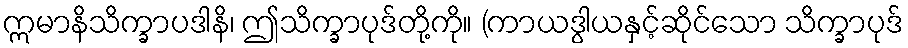
ဣမာနိသိက္ခာပဒါနိ၊ ဤသိက္ခာပုဒ်တို့ကို။ (ကာယဒွါယနှင့်ဆိုင်သော သိက္ခာပုဒ်